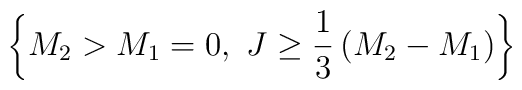
\left\{M_2>M_1=0,~J\ge {1\over 3}\left(M_2-M_1\right)\right\}